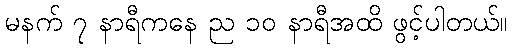
မနက် ၇ နာရီကနေ ည ၁၀ နာရီအထိ ဖွင့်ပါတယ်။